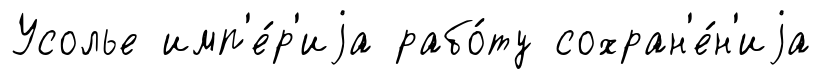
Усолье имп'е́р'иjа рабо́ту сохран'е́н'иjа